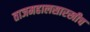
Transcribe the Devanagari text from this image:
ताजमहालसारखीच